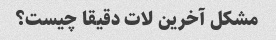
مشکل آخرین لات دقیقا چیست؟